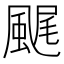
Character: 𩗘